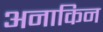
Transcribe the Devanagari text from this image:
अनाकिन